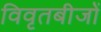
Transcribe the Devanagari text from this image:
विवृतबीजों